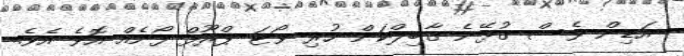
އަޑިން ވެސް ގުޅޭނެ ގާބިލްކަން ހުރި ވޯޓަ ޕްރޫފް ފޯނެއް އޮވެ އެވެ.